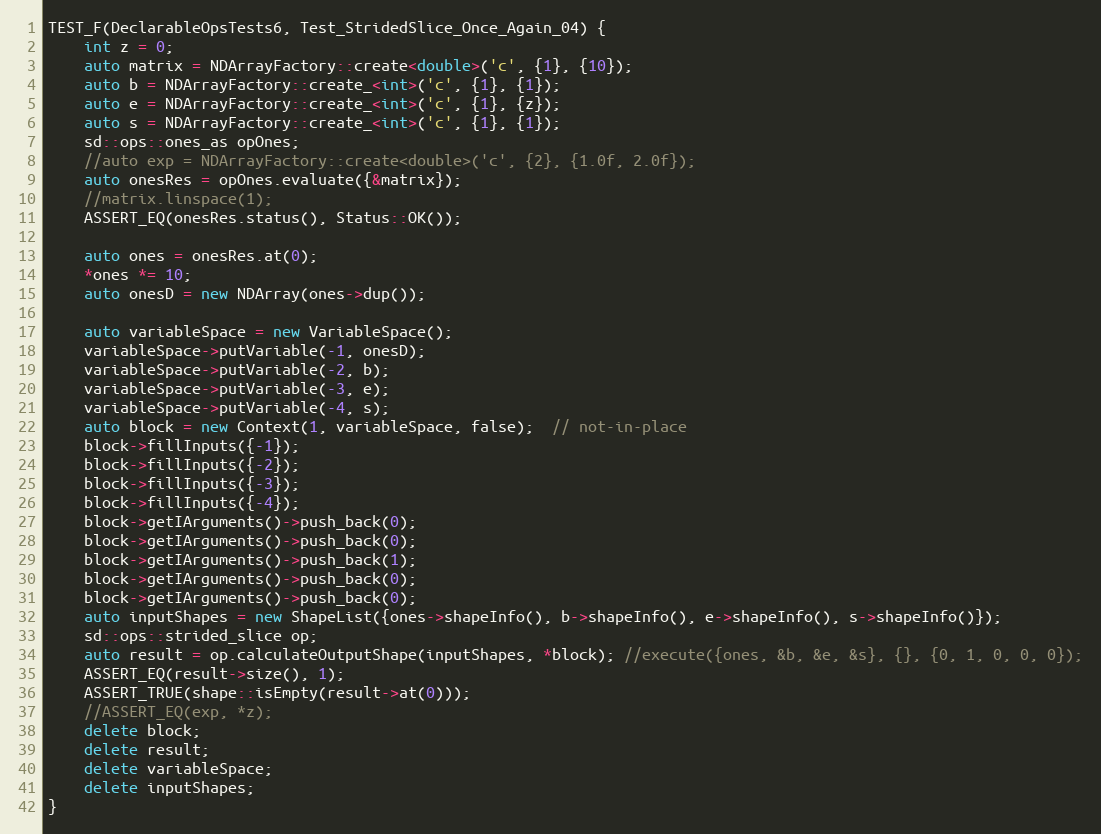
Language: C++
TEST_F(DeclarableOpsTests6, Test_StridedSlice_Once_Again_04) {
    int z = 0;
    auto matrix = NDArrayFactory::create<double>('c', {1}, {10});
    auto b = NDArrayFactory::create_<int>('c', {1}, {1});
    auto e = NDArrayFactory::create_<int>('c', {1}, {z});
    auto s = NDArrayFactory::create_<int>('c', {1}, {1});
    sd::ops::ones_as opOnes;
    //auto exp = NDArrayFactory::create<double>('c', {2}, {1.0f, 2.0f});
    auto onesRes = opOnes.evaluate({&matrix});
    //matrix.linspace(1);
    ASSERT_EQ(onesRes.status(), Status::OK());

    auto ones = onesRes.at(0);
    *ones *= 10;
    auto onesD = new NDArray(ones->dup());

    auto variableSpace = new VariableSpace();
    variableSpace->putVariable(-1, onesD);
    variableSpace->putVariable(-2, b);
    variableSpace->putVariable(-3, e);
    variableSpace->putVariable(-4, s);
    auto block = new Context(1, variableSpace, false);  // not-in-place
    block->fillInputs({-1});
    block->fillInputs({-2});
    block->fillInputs({-3});
    block->fillInputs({-4});
    block->getIArguments()->push_back(0);
    block->getIArguments()->push_back(0);
    block->getIArguments()->push_back(1);
    block->getIArguments()->push_back(0);
    block->getIArguments()->push_back(0);
    auto inputShapes = new ShapeList({ones->shapeInfo(), b->shapeInfo(), e->shapeInfo(), s->shapeInfo()});
    sd::ops::strided_slice op;
    auto result = op.calculateOutputShape(inputShapes, *block); //execute({ones, &b, &e, &s}, {}, {0, 1, 0, 0, 0});
    ASSERT_EQ(result->size(), 1);
    ASSERT_TRUE(shape::isEmpty(result->at(0)));
    //ASSERT_EQ(exp, *z);
    delete block;
    delete result;
    delete variableSpace;
    delete inputShapes;
}